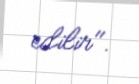
edilir".